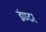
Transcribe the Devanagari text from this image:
इंण्टर